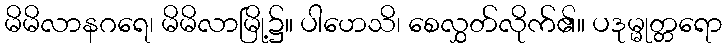
မိမိလာနဂရေ၊ မိမိလာမြို့၌။ ပါဟေသိ၊ စေလွှတ်လိုက်၏။ ပဒုမ္မုတ္တရော